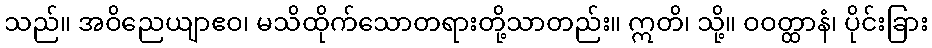
သည်။ အဝိညေယျာဧဝ၊ မသိထိုက်သောတရားတို့သာတည်း။ ဣတိ၊ သို့။ ဝဝတ္ထာနံ၊ ပိုင်းခြား